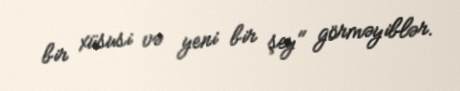
bir xüsusi və yeni bir şey" görməyiblər.